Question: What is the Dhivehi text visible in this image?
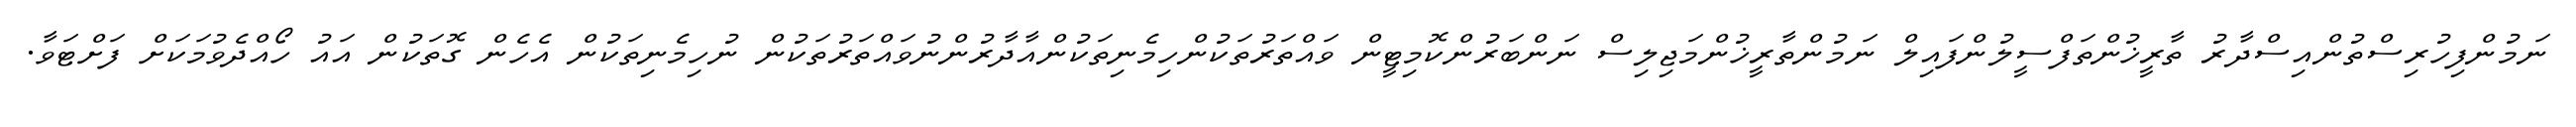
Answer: ނަމުންފިހުރިސްތުންއިސްދާރު ތާރީޚުންތަފްސީލުންފައިލް ނަމުންތާރީޚުންމަޖިލިސް ނަންބަރުންކޮމިޓީން ވައްތަރުތަކުންހިމެނިތަކުންއާދާރުންނުވައްތަރުތަކުން ނުހިމެނިތަކުން އެހެން ގޮތަކުން އައު ހޯއްދެވުމަކަށް ފަށްޓަވާ.